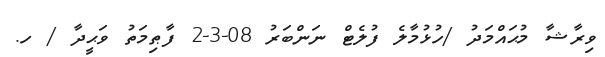
ވިރާޝާ މުޙައްމަދު /ހުޅުމާލެ ފުލެޓް ނަންބަރު 08-3-2 ފާޠިމަތު ވަޙީދާ / ހ.